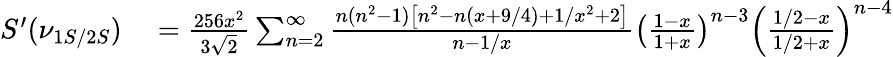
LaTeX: \begin{array}{rl}{S^{\prime}(\nu_{1S/2S})}&{{}=\frac{256x^{2}}{3\sqrt{2}}\sum_{n=2}^{\infty}\frac{n(n^{2}-1)\left[n^{2}-n(x+9/4)+1/x^{2}+2\right]}{n-1/x}\left(\frac{1-x}{1+x}\right)^{n-3}\left(\frac{1/2-x}{1/2+x}\right)^{n-4}}\end{array}